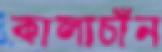
কালাচাঁন